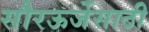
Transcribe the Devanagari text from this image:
सौरऊर्जेसाठी